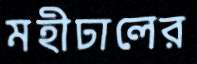
মহীঢালের